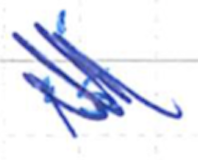
Text: is
Cross-out: scratch
Writing tool: ballpoint